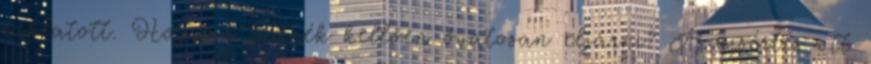
zaklatott. Hogyan tudnék kellően óvatosan eljárni? A kísértés ott